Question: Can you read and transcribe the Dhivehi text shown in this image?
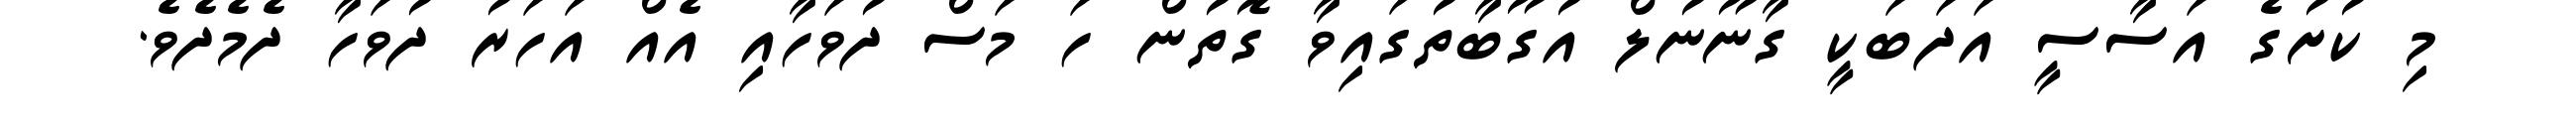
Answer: މި ކުށުގެ އަސާސީ އަދަބަކީ ގާނޫނުލް އުގޫބާތުގައިވާ ގޮތުން ހަ މަސް ދުވަހާއި އެއް އަހަރު ދުވަހާ ދެމެދެވެ.